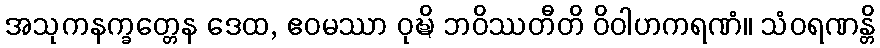
အသုကနက္ခတ္တေန ဒေထ, ဧဝမဿာ ဝုဍ္ဎိ ဘဝိဿတီတိ ဝိဝါဟကရဏံ။ သံဝရဏန္တိ